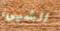
الشيىء